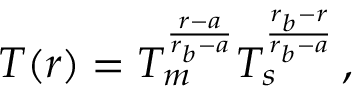
T ( r ) = T _ { m } ^ { \frac { r - a } { r _ { b } - a } } T _ { s } ^ { \frac { r _ { b } - r } { r _ { b } - a } } \, ,